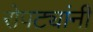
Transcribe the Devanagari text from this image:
रोपट्यांनी